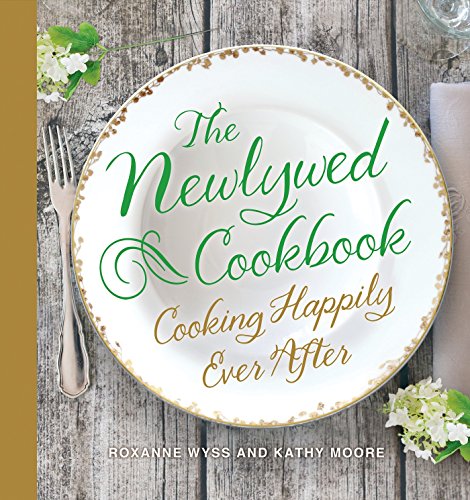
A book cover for The Newlywed Cookbook: Cooking Happily Ever After; Roxanne Wyss; Cookbooks, Food & Wine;